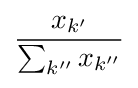
{\frac {x_{k'}}{\sum _{k''}x_{k''}}}